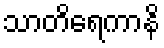
သာတိရေကာနိ